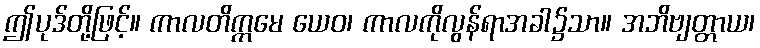
ဤပုဒ်တို့ဖြင့်။ ကာလတိက္ကမေ ယေဝ၊ ကာလကိုလွန်ရာအခါ၌သာ။ အဘိဗျတ္တာယ၊